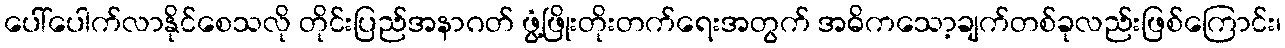
ပေါ်ပေါက်လာနိုင်စေသလို တိုင်းပြည်အနာဂတ် ဖွံ့ဖြိုးတိုးတက်ရေးအတွက် အဓိကသော့ချက်တစ်ခုလည်းဖြစ်ကြောင်း၊